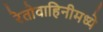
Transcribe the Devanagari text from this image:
रेतोवाहिनीमध्ये